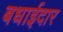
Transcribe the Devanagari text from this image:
बधाईदार